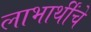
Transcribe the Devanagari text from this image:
लाभार्थींचे